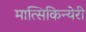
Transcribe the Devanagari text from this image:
मात्सिकिन्येरी